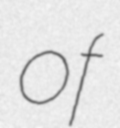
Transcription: of